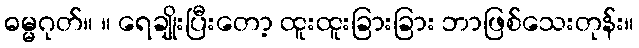
ဓမ္မဂုတ်။ ။ ရေချိုးပြီးတော့ ထူးထူးခြားခြား ဘာဖြစ်သေးတုန်း။